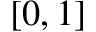
[ 0 , 1 ]